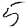
Digit: 5